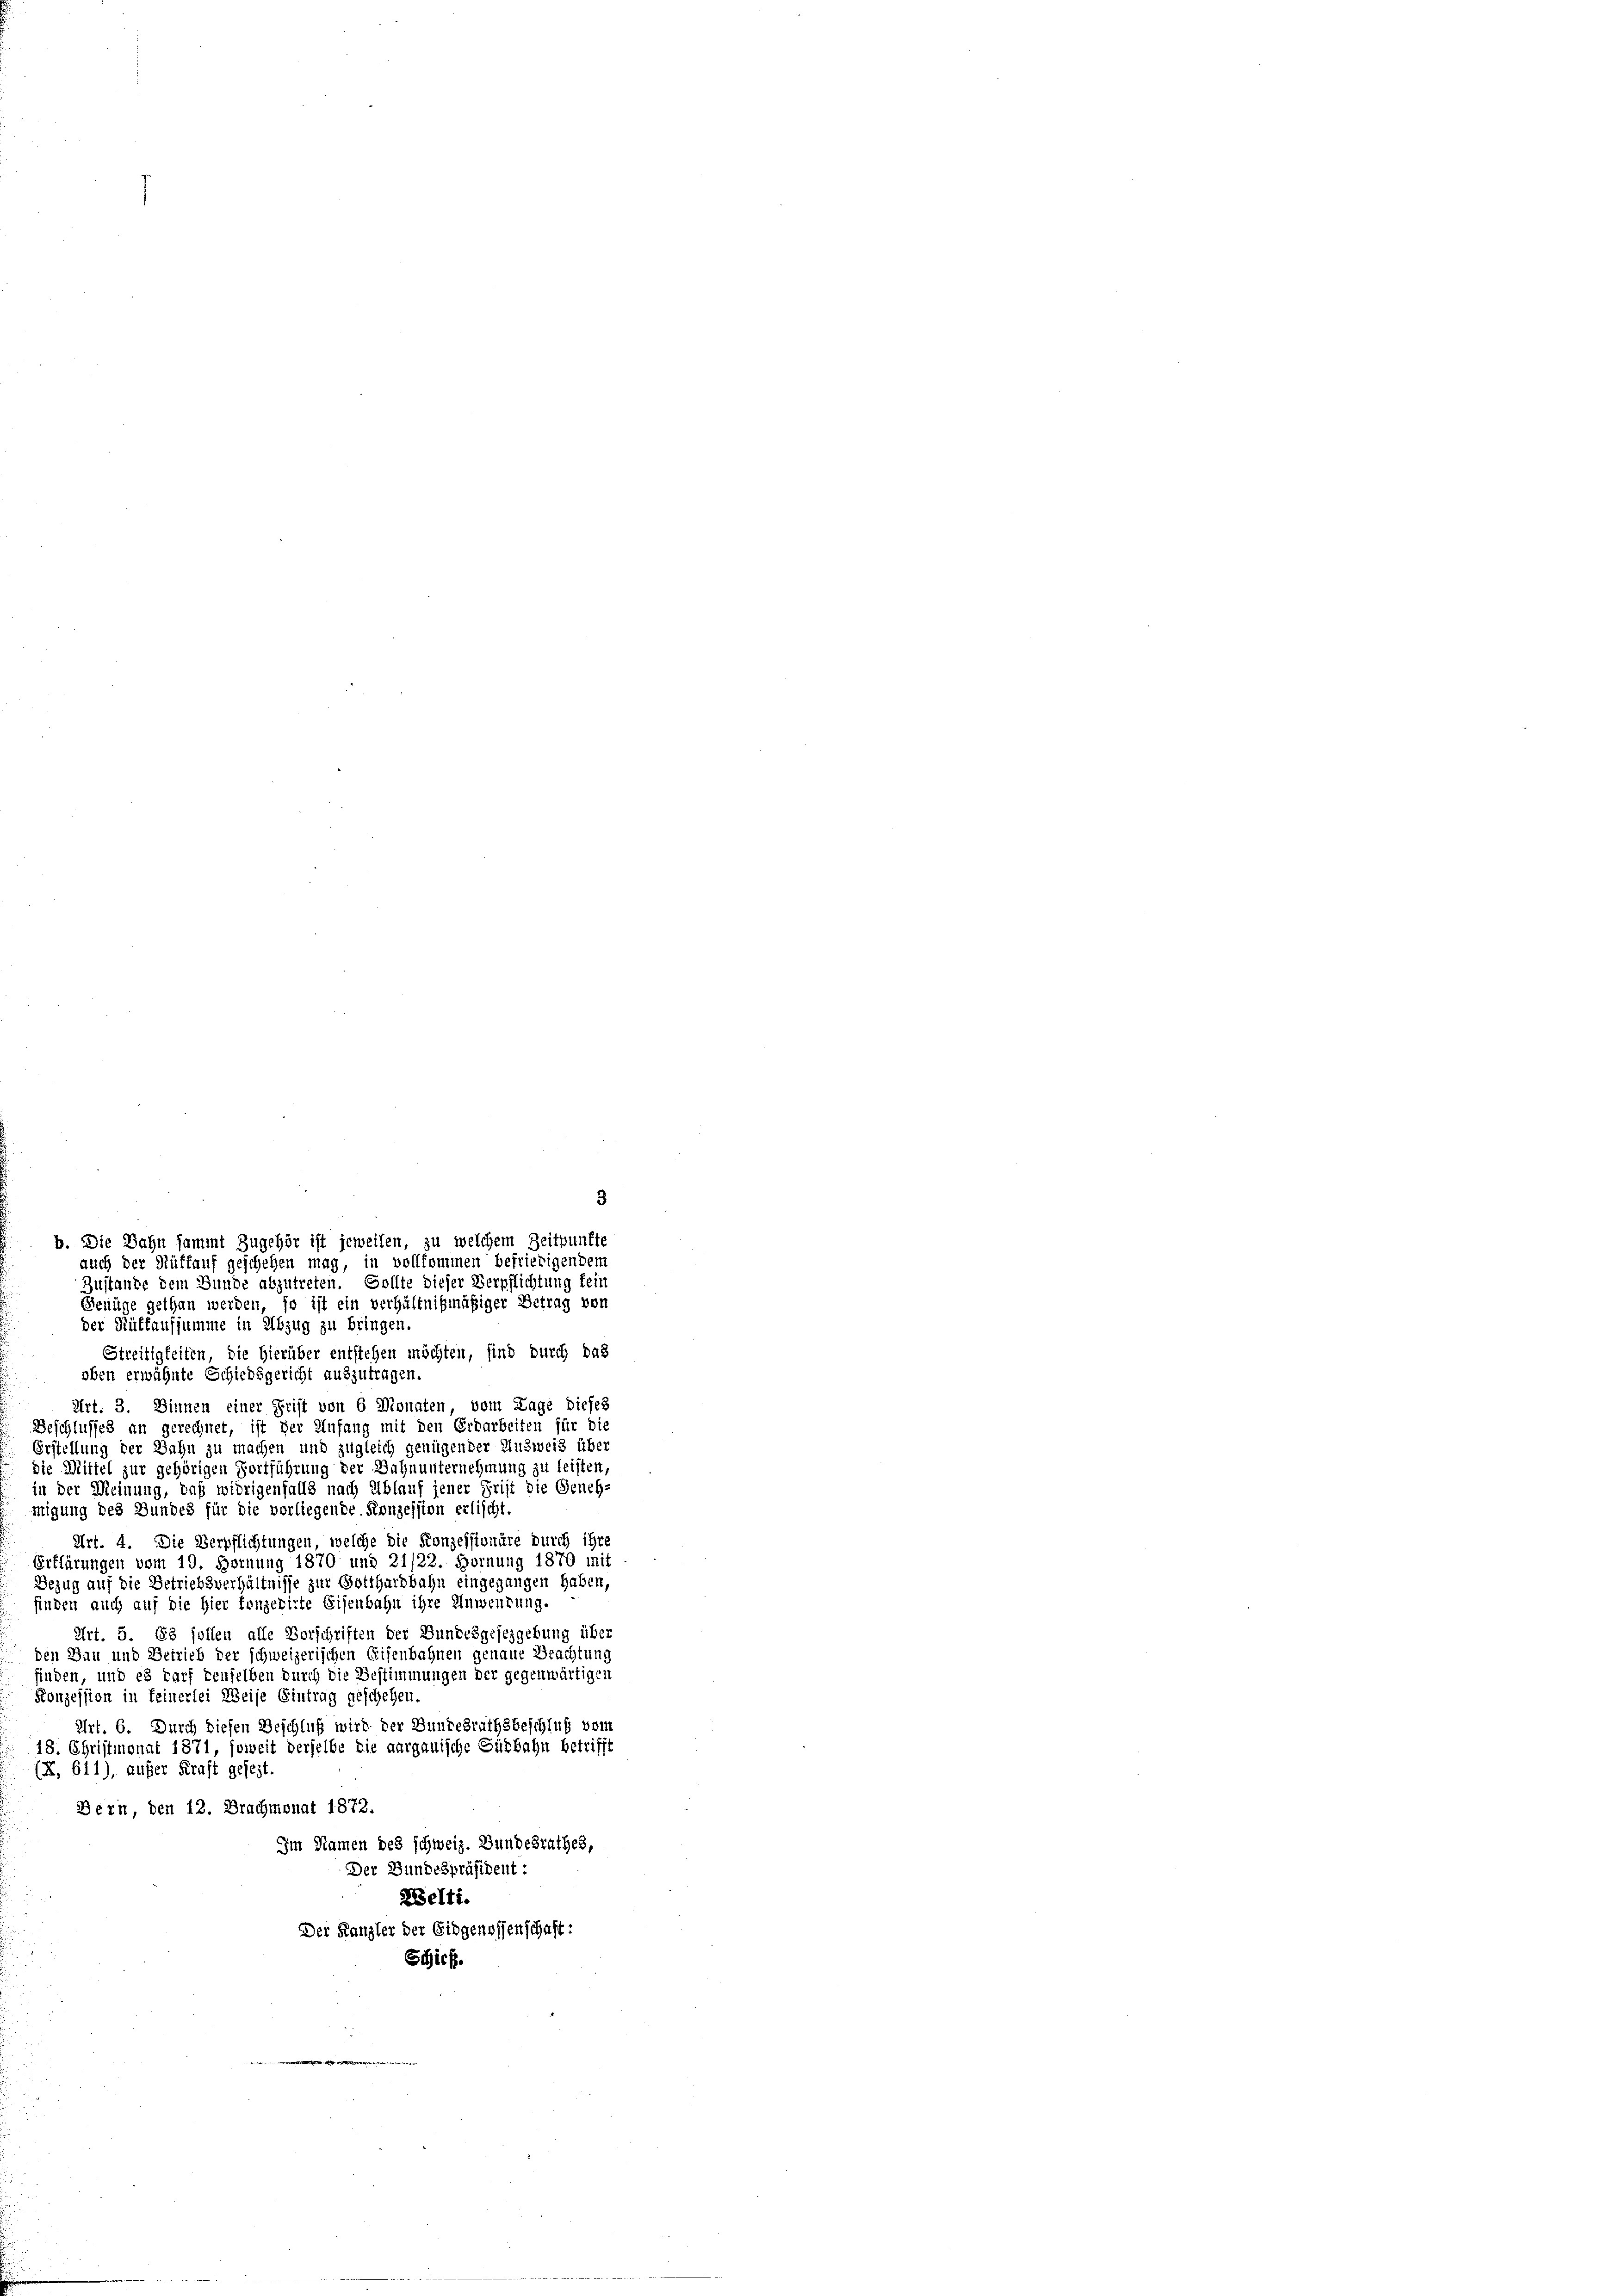
Zustande dem Bunde abzutreten. Sollte dieser Verpflichtung fein
Genüge gethan werden, so ist ein verhältnißmäßiger Betrag von
der Rüffaufsumme in Abzug zu bringen.
Streitigkeiten, die hierüber entstehen möchten, sind durch das
oben erwähnte Schiedsgericht auszutragen.
Art. 3. Dinnen einer Frist von 6 Monaten, vom Lage dieses
Beschlusses an gerechnet, ist der Anfang mit den Erdarbeiten für die
Erstellung der Jahn zu machen und zugleich genügender Ausweis über
die Mittel zur gehörigen Fortführung der Jahnunternehmung zu leisten,
in der Meinung, daß widrigenfalls nach Ablauf jener Frist die Geneh-
migung des Bundes für die vorliegende Konzession erlischt.
Art. 4. Die Verpflichtungen, welche die Konzessionäre durch ihre
Erklärungen vom 19. Hornung 1870 und 21/22. Hornung 1870 mit
Bezug auf die Betriebsverhältnisse zur Gotthardbahn eingegangen haben,
finden auch auf die hier konzedirte Eisenbahn ihre Anwendung.
Art. 5. 63 sollen alle Vorschriften der Bundesgesezgebung über
den Bau und Betrieb der schweizerischen Eisenbahnen genaue Beachtung
finden, und es darf denselben durch die Bestimmungen der gegenwärtigen
Konzession in feinerlei Weise Eintrag geschehen.
Art. 6. Durch diesen Beschluß wird der Bundesrathsbeschluß vom
18. Christmonat 1871, soweit derselbe die aargauische Südbahn betrifft
(X, 611), außer Kraft gesezt.
Bern, den 12. Brachmonat 1872.
Im Namen des schweiz. Bundesrathes,
Der Bundespräsident:
Zelti.
Der Kanzler der Eidgenossenschaft:
Schick.

3
b. Die Bahn sammt Zugehör ist jeweilen, zu welchem Zeitpunkte
auch der Rüffauf geschehen mag, in vollkommen befriedigendem